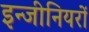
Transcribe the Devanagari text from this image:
इन्जीनियरों